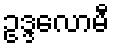
ဥဒ္ဒလောမီ